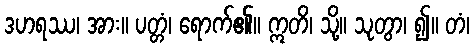
ဒဟရဿ၊ အား။ ပတ္တံ၊ ရောက်၏။ ဣတိ၊ သို့။ သုတွာ၊ ၍။ တံ၊